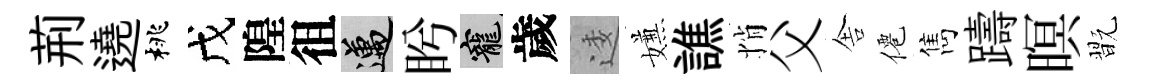
荊遶桃戊隍徂邁盻寵歲逶嫌譙悄父舎僊雋躊暝翫